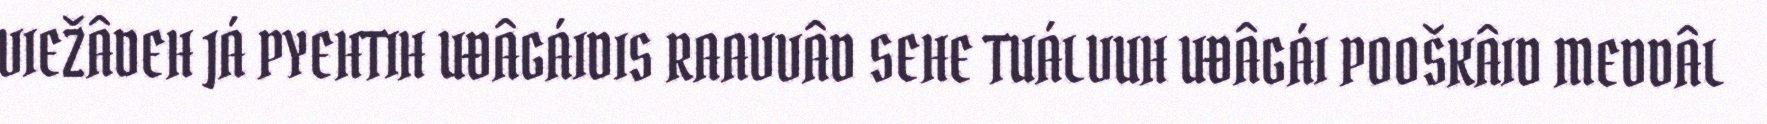
VIEŽÂDEH JÁ PYEHTIH UĐÂGÁIDIS RAAVVÂD SEHE TUÁLVUH UĐÂGÁI POOŠKÂID MEDDÂL